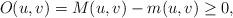
LaTeX: \begin{align*}O(u,v) = M(u,v)-m(u,v) \geq 0,\end{align*}